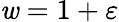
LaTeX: \mathit{w}=1+\varepsilon